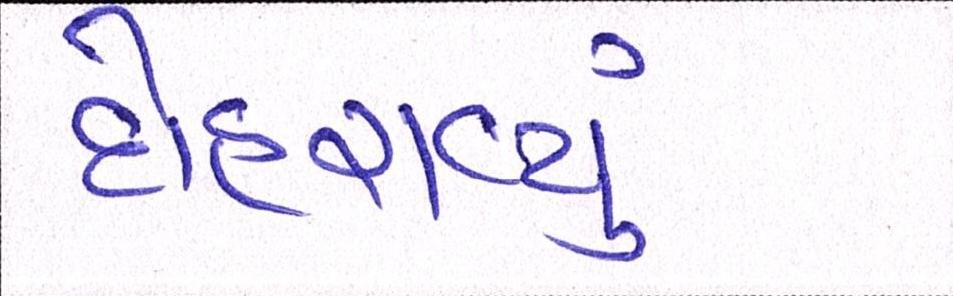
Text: દોહરાવ્યું